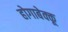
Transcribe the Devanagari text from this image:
होगाबेक्कू